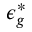
\epsilon _ { g } ^ { * }